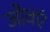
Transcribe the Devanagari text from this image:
जोवएं